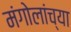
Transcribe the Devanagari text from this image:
मंगोलांच्या